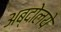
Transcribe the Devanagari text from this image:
अब्दोलये